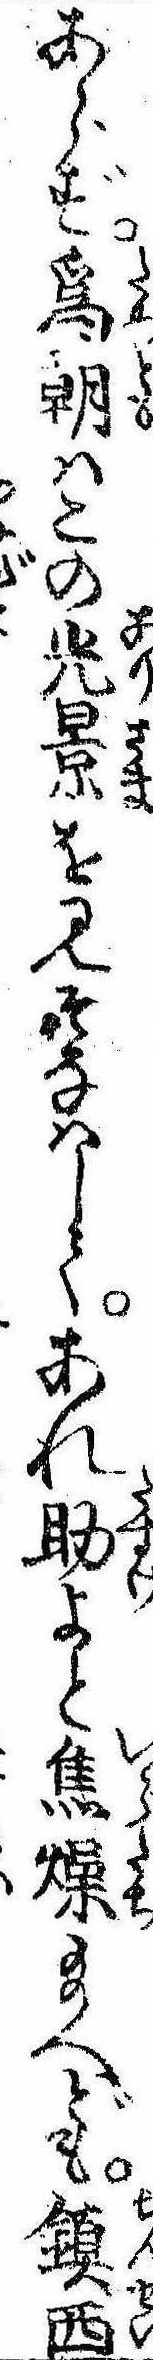
あらず為朝はこの光景を見そなはしてあれ助よと焦燥給へども鎮西